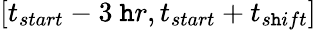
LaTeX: [t_{start}-3~\mathtt{h}r,t_{start}+t_{s\mathtt{h}ift}]